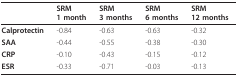
<table><thead><tr><td></td><td><b>SRM1 month</b></td><td><b>SRM3 months</b></td><td><b>SRM6 months</b></td><td><b>SRM12 months</b></td></tr></thead><tbody><tr><td><b>Calprotectin</b></td><td>-0.84</td><td>-0.63</td><td>-0.63</td><td>-0.32</td></tr><tr><td><b>SAA</b></td><td>-0.44</td><td>-0.55</td><td>-0.38</td><td>-0.30</td></tr><tr><td><b>CRP</b></td><td>-0.10</td><td>-0.43</td><td>-0.15</td><td>-0.12</td></tr><tr><td><b>ESR</b></td><td>-0.33</td><td>-0.71</td><td>-0.03</td><td>-0.13</td></tr></tbody></table>